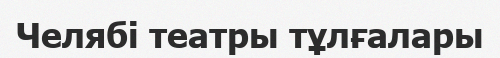
Челябі театры тұлғалары